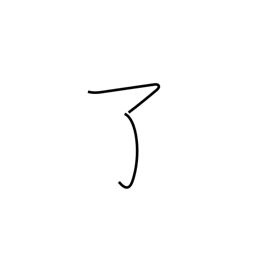
Meaning: finish